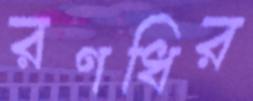
রণধির